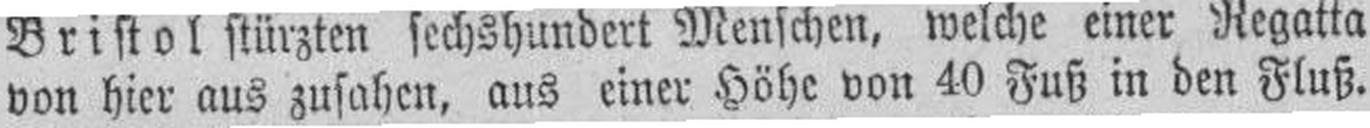
von hier aus zusahen, aus einer Höhe von 40 Fuß in den Fluß.